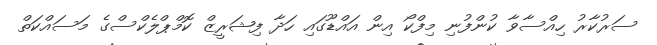
ސަރުކާރު ހިއްސާވާ ކުންފުނި މިފްކޯ އިން އައްޑޫގައި ހަދާ ފިޝަރީޒް ކޮމްޕްލެކްސްގެ މަސައްކަތް